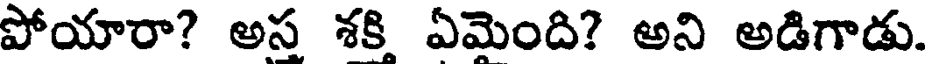
పోయారా? అస శకి ఏమెంది? అని అడిగాడు.